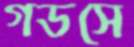
গডসে